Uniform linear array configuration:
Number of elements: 32
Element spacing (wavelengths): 0.75
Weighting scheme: hamming
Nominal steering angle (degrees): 60
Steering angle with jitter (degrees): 59.099
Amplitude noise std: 0.05
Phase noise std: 0.05

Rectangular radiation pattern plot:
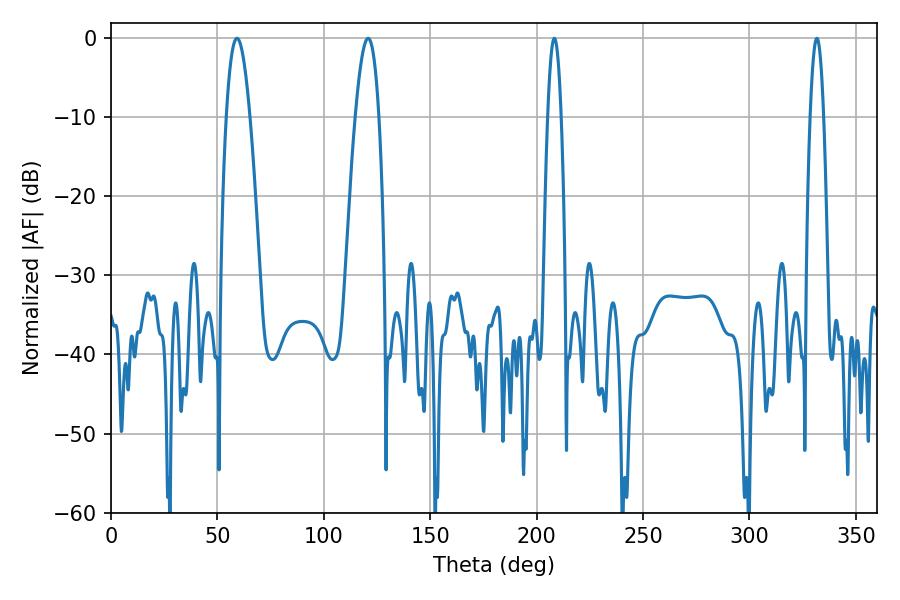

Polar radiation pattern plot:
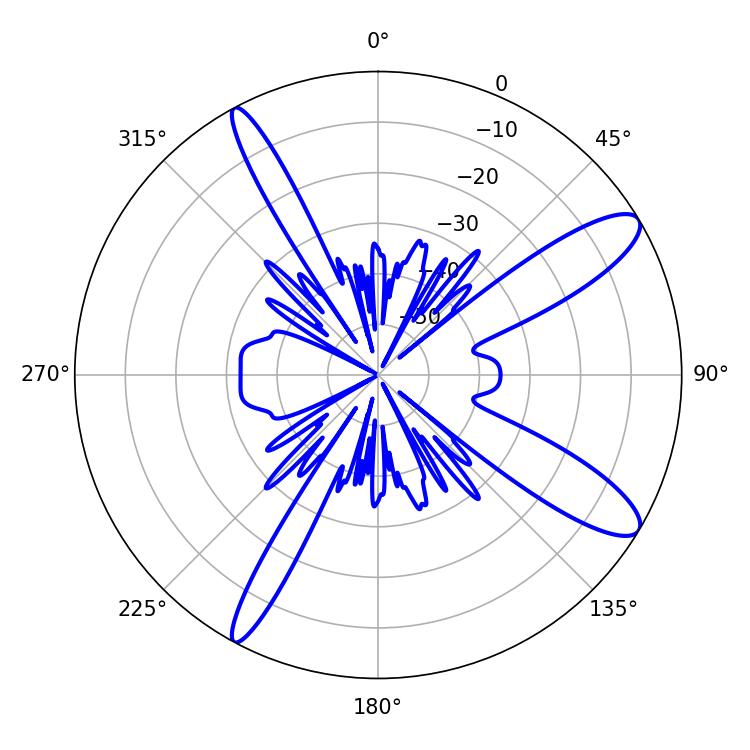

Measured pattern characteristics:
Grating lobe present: TRUE
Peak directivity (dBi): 11.705
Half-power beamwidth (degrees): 6.12
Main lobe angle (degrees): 120.78